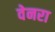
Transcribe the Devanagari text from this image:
वेनरा